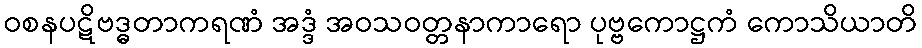
ဝစနပဋိဗဒ္ဓတာကရဏံ အဒ္ဒံ အဝသဝတ္တနာကာရော ပုဗ္ဗကောဋ္ဌကံ ကောသိယာတိ